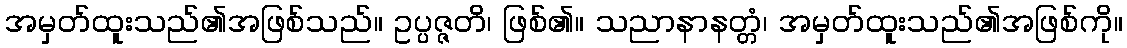
အမှတ်ထူးသည်၏အဖြစ်သည်။ ဥပ္ပဇ္ဇတိ၊ ဖြစ်၏။ သညာနာနတ္တံ၊ အမှတ်ထူးသည်၏အဖြစ်ကို။